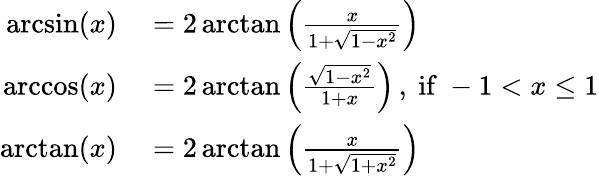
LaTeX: \begin{array}{rl}{\arcsin(x)}&{{}=2\arctan\left({\frac{x}{1+{\sqrt{1-x^{2}}}}}\right)}\\ {\operatorname{arccos}(x)}&{{}=2\arctan\left({\frac{\sqrt{1-x^{2}}}{1+x}}\right)\, ,{\mathrm{~if~}}-1<x\leq 1}\\ {\arctan(x)}&{{}=2\arctan\left({\frac{x}{1+{\sqrt{1+x^{2}}}}}\right)}\end{array}